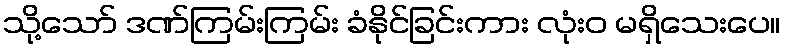
သို့သော် ဒဏ်ကြမ်းကြမ်း ခံနိုင်ခြင်းကား လုံးဝ မရှိသေးပေ။